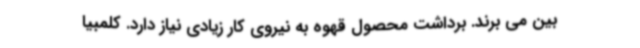
بین می برند. برداشت محصول قهوه به نیروی کار زیادی نیاز دارد. کلمبیا